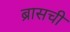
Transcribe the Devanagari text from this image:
ब्रासची